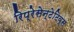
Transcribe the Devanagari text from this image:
रिप्रेसेन्टेटिव्स